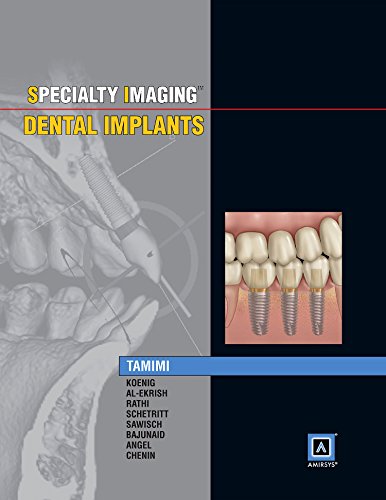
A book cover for Specialty Imaging: Dental Implants, 1e; Dania Faisal Tamimi BDS  DMSc; Medical Books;